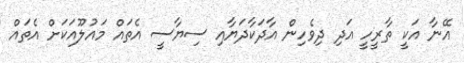
އޭނާ އަކީ ތާރީހީ އަދި ދިވެހިން އާދަކާދަޔާއި ސިޔާސީ އެތައް މައުލޫއަކަށް އެތައް